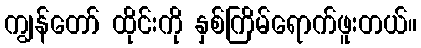
ကျွန်တော် ထိုင်းကို နှစ်ကြိမ်ရောက်ဖူးတယ်။